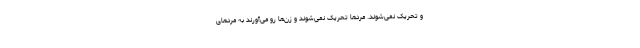
و تحریک نمی‌شوند. مردها تحریک نمی‌شوند و زن‌ها رو می‌آورند به مردهای